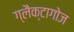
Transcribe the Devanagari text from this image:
ग्लैक्टागोज